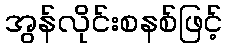
အွန်လိုင်းစနစ်ဖြင့်